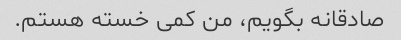
صادقانه بگویم، من کمی خسته هستم.